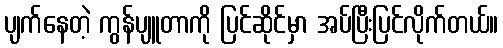
ပျက်နေတဲ့ ကွန်ပျူတာကို ပြင်ဆိုင်မှာ အပ်ပြီးပြင်လိုက်တယ်။